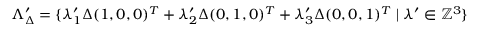
\Lambda _ { \Delta } ^ { \prime } = \{ \lambda _ { 1 } ^ { \prime } \Delta ( 1 , 0 , 0 ) ^ { T } + \lambda _ { 2 } ^ { \prime } \Delta ( 0 , 1 , 0 ) ^ { T } + \lambda _ { 3 } ^ { \prime } \Delta ( 0 , 0 , 1 ) ^ { T } \mid \lambda ^ { \prime } \in { \mathbb { Z } } ^ { 3 } \}